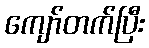
ကျော်တက်ပြီး